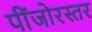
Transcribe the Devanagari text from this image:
पींजोरस्तर